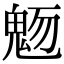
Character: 𩲬